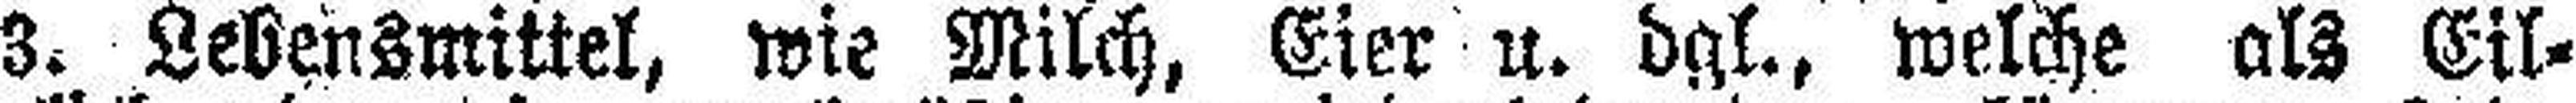
3. Lebensmittel, wie Milch, Eier u. dgl. welche als Eil¬